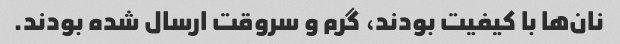
نان‌ها با کیفیت بودند، گرم و سروقت ارسال شده بودند.